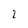
Character: 2